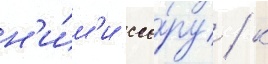
н'и́м'и ссо́ру / к